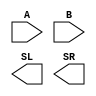
module shifter (A, B, SL, SR);

input [31:0] A, B;

output [31:0] SL, SR;


endmodule